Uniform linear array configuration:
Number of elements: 64
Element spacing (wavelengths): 1
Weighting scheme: blackman
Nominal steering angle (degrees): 15
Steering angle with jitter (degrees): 13.479
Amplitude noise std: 0.05
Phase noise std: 0.05

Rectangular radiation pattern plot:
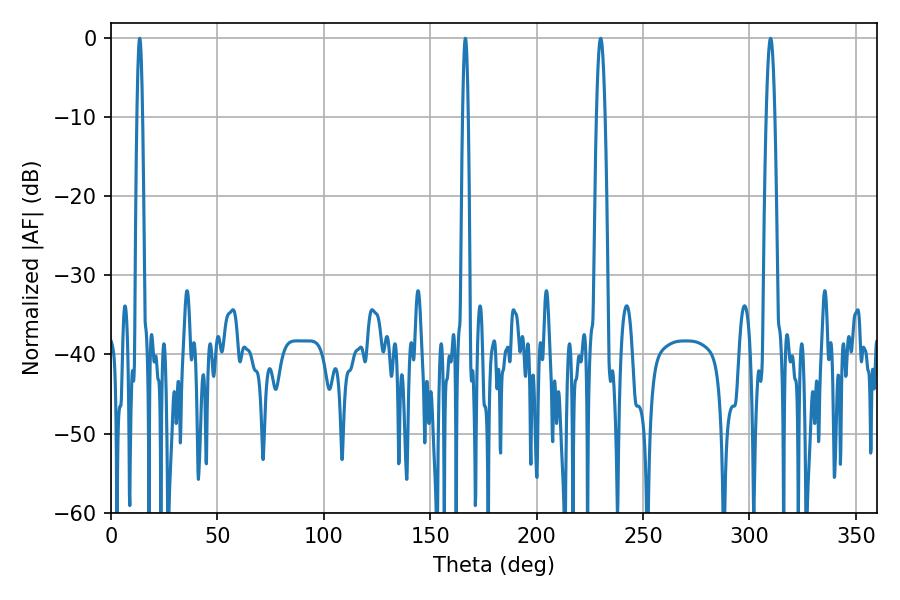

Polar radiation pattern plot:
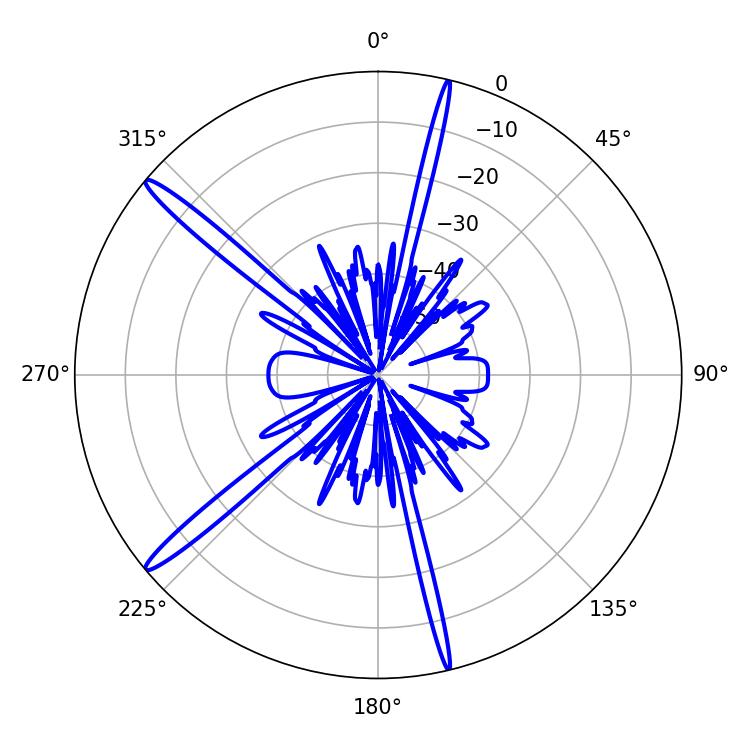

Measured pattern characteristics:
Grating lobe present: TRUE
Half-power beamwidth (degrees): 1.44
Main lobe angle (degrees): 13.5